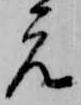
元